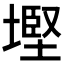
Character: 𡐖